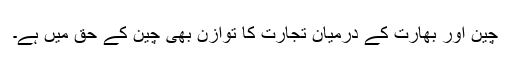
چین اور بھارت کے درمیان تجارت کا توازن بھی چین کے حق میں ہے۔